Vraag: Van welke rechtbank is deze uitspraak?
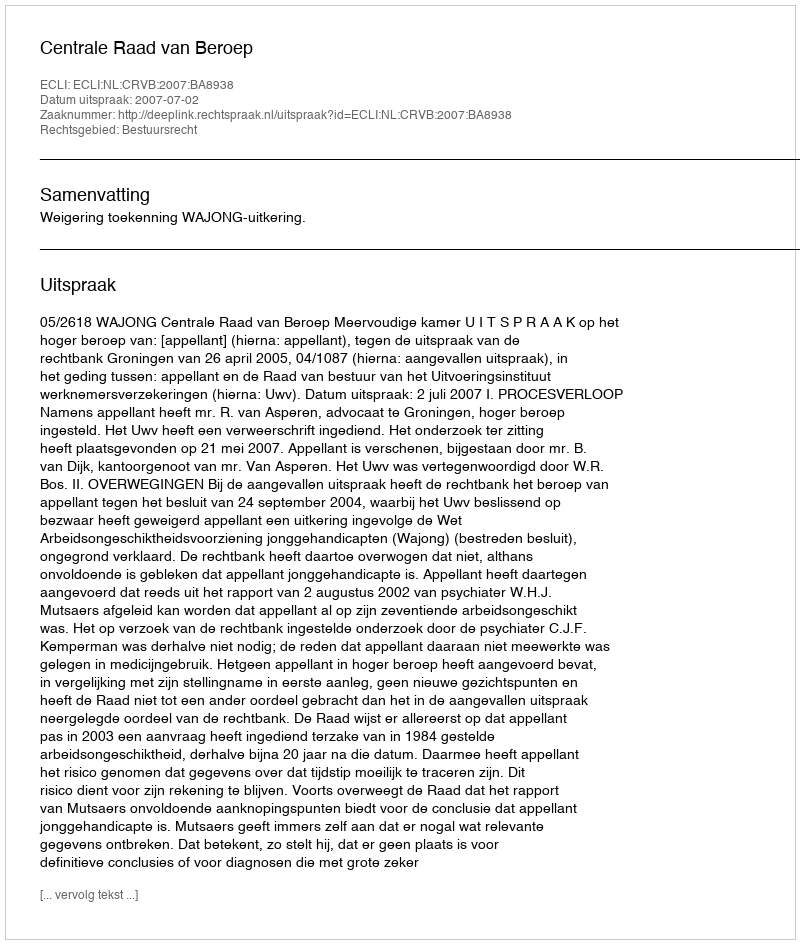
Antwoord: Centrale Raad van Beroep